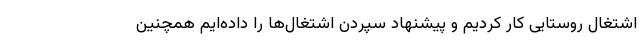
اشتغال روستایی کار کردیم و پیشنهاد سپردن اشتغال‌ها را داده‌ایم همچنین